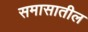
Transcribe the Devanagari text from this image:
समासातील